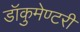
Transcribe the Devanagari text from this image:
डॉकुमेण्टरी